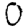
Digit: 0